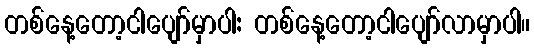
တစ်နေ့တော့ငါပျော်မှာပါ: တစ်နေ့တော့ငါပျော်လာမှာပါ။